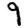
Digit: 9